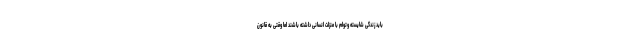
باید زندگی شایسته وتوام با منزلت انسانی داشته باشند اما وقتی به قانون